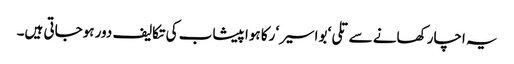
یہ اچار کھانے سے تلی‘ بواسیر‘ رکا ہوا پیشاب کی تکالیف دور ہوجاتی ہیں۔